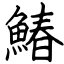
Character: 鰆